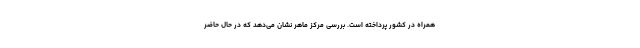
همراه در کشور پرداخته است. بررسی مرکز ماهر نشان می‌دهد که در حال حاضر